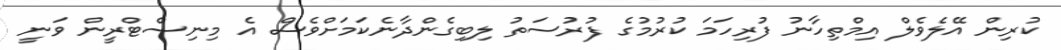
ކުރިން އޭލެވެލް އިމްތިހާނު ފުރިހަމަ ކުރުމުގެ ފުރުސަތު ލިބިގެންދާނެކަމަށްވެސް އެ މިނިސްޓްރީން ވަނީ